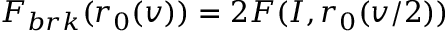
F _ { b r k } ( r _ { 0 } ( v ) ) = 2 F ( \boldsymbol { I } , r _ { 0 } ( v / 2 ) )